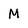
Character: M